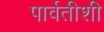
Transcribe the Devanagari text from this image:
पार्वतीशी